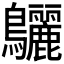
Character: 𪈳